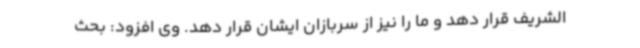
الشریف قرار دهد و ما را نیز از سربازان ایشان قرار دهد. وی افزود: بحث